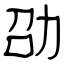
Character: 劭